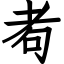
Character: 耇